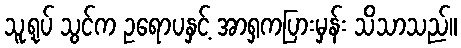
သူ့ရုပ် သွင်က ဥရောပနှင့် အာရှကပြားမှန်း သိသာသည်။